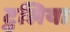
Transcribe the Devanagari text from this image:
टुलिया